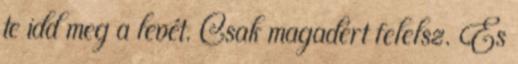
te idd meg a levét. Csak magadért felelsz. És